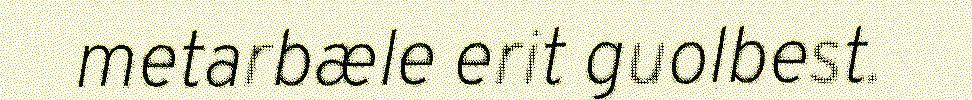
metarbæle erit guolbest.